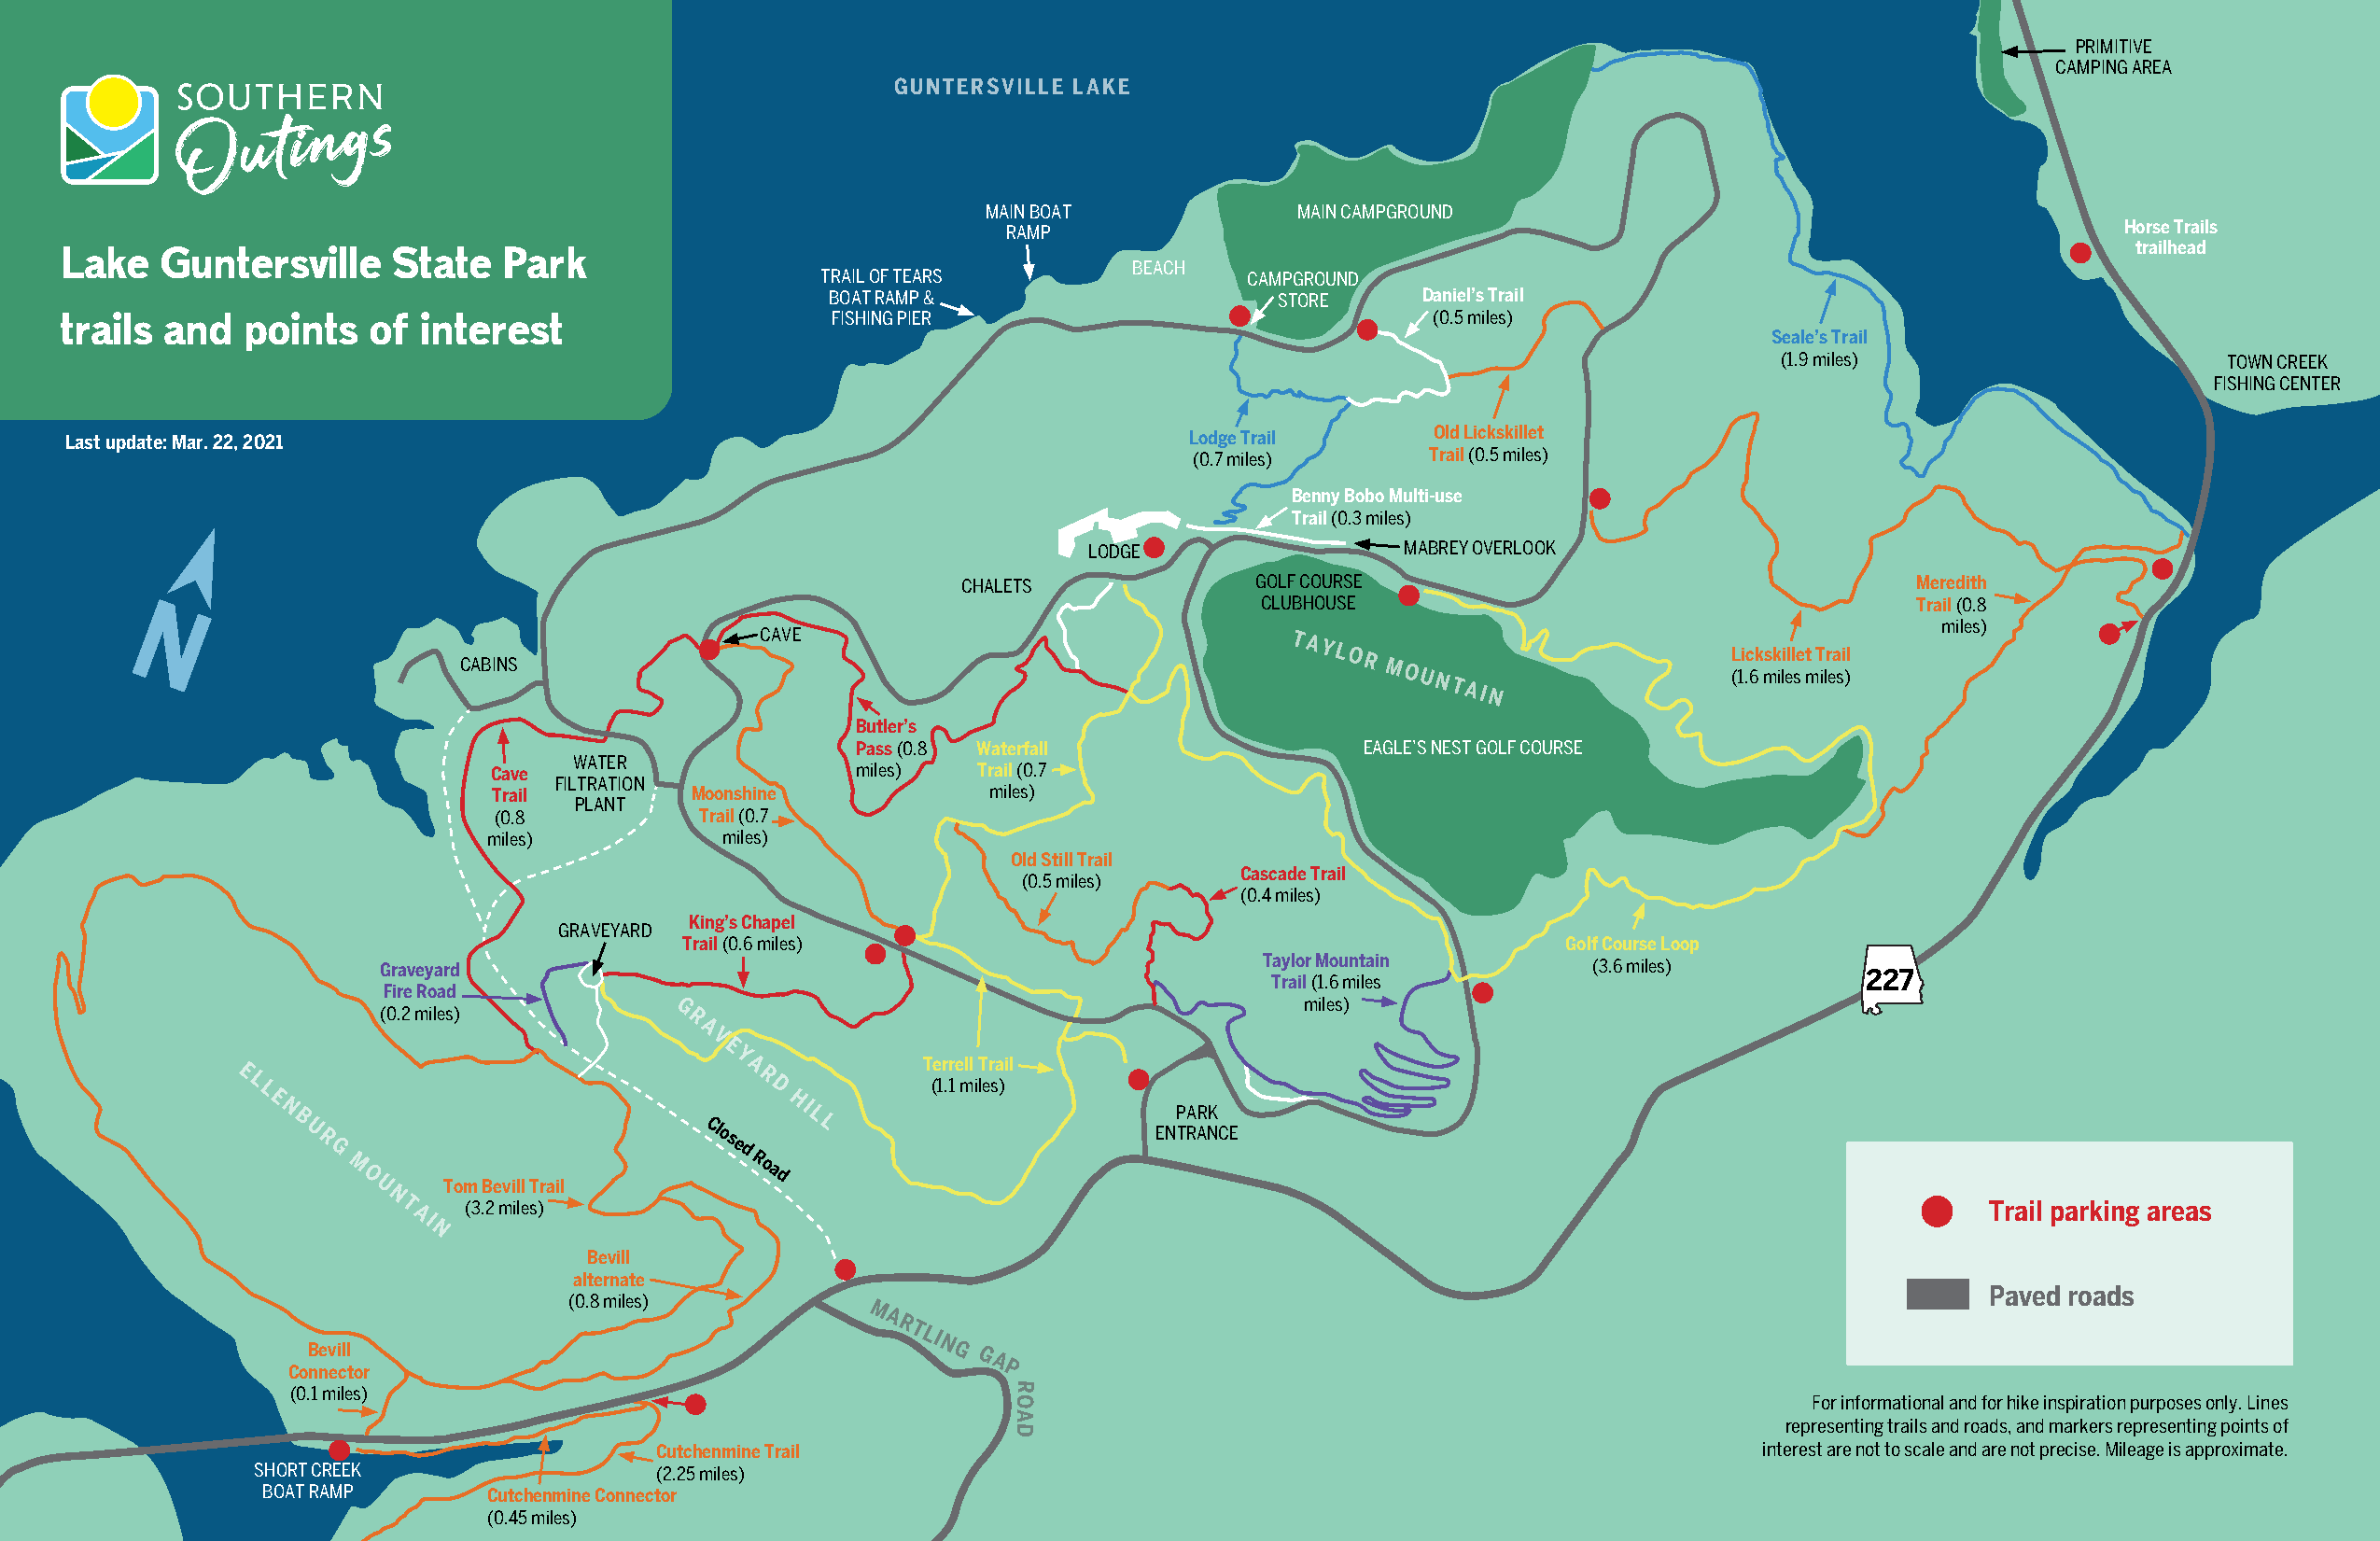
PRIMITIVE
 CAMPING AREA
 GUNTERSVILLE LAKE
 MAIN BOAT             MAIN CAMPGROUND
 RAMP                                                                            Horse Trails
 trailhead
 Lake   Guntersville     State   Park
 BEACH
 TRAIL OF TEARS                CAMPGROUND
 BOAT RAMP &                     STORE     Daniel’s Trail
 trails  and  points   of  interest                     FISHING PIER                               (0.5 miles)
 Seale’s Trail
 (1.9 miles)                     TOWN CREEK
 FISHING CENTER
 Last update: Mar. 22, 2021                                                     Lodge Trail       Old Lickskillet
 (0.7 miles)     Trail (0.5 miles)
 Benny Bobo Multi-use
 Trail (0.3 miles)
 LODGE                  MABREY OVERLOOK
 CHALETS              GOLF COURSE                                    Meredith
 CLUBHOUSE                                      Trail (0.8
 miles)
 CABINS
 CAVE                                 TAYLOR
 MOUNTAIN
 L (1i .c 6k msk ili ell se t
 m
 T ilr ea si )l
 Butler’s
 Pass (0.8 Waterfall                 EAGLE’S NEST GOLF COURSE
 WATER
 Cave                      miles)  Trail (0.7
 FILTRATION
 Trail         Moonshine            miles)
 PLANT
 (0.8           Trail (0.7
 miles)          miles)
 Old Still Trail
 Cascade Trail
 (0.5 miles)
 (0.4 miles)
 King’s Chapel
 GRAVEYARD
 Trail (0.6 miles)                                              Golf Course Loop
 Graveyard                                                      Taylor Mountain        (3.6 miles)
 227
 Trail (1.6 miles
 Fire Road
 miles)
 (0.2 miles)          G
 R
 A
 V
 E
 Y A          Terrell Trail
 E L L                                R D         (1.1 miles)
 E
 N B U
 R
 G
 Closed
 HI
 L L                      ENP TRA AR NK CE
 M
 O
 Road
 U    Tom Bevill Trail
 N
 T    (3.2 miles)                                                                                                 Trail parking areas
 AI
 N
 Bevill
 alternate
 Paved roads
 (0.8 miles)
 M
 A
 RTLI
 Bevill                                      N GG
 A
 Connector                                          P
 (0.1 miles)                                        R
 O                                                       For informational and for hike inspiration purposes only. Lines
 A
 representing trails and roads, and markers representing points of
 D
 Cutchenmine Trail                                                             interest are not to scale and are not precise. Mileage is approximate.
 SHORT CREEK                  (2.25 miles)
 BOAT RAMP       Cutchenmine Connector
 (0.45 miles)